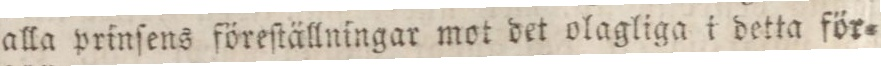
alla prinſens föreſtällningar mot det olagliga i detta för=